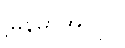
မြန်မာအလုပ်